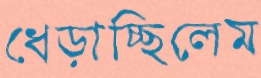
ধেড়াচ্ছিলেম